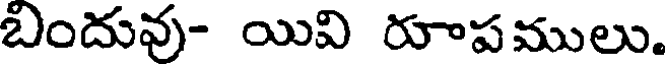
బిందువు- యివి రూాపములు.